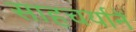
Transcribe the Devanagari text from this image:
साहचर्यानें